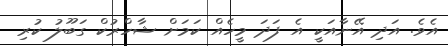
އެވެ. އަދި އޭނާއަކީ އެ ފަދަ މީހެއް ކަމަށް ޝާހްރުކް ގަބޫލު ކުރި